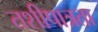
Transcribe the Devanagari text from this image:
तशीपात्रता